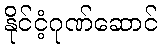
နိုင်ငံ့ဂုဏ်ဆောင်